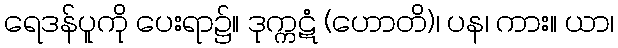
ရေဒန်ပူကို ပေးရာ၌။ ဒုက္ကဋံ (ဟောတိ)၊ ပန၊ ကား။ ယာ၊